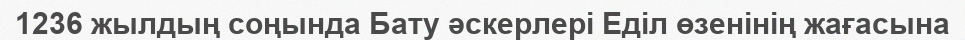
1236 жылдың соңында Бату әскерлері Еділ өзенінің жағасына